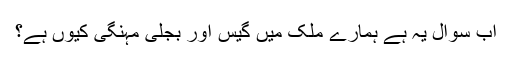
اب سوال یہ ہے ہمارے ملک میں گیس اور بجلی مہنگی کیوں ہے؟